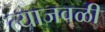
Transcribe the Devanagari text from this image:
त्याजवळी